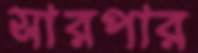
সারপার